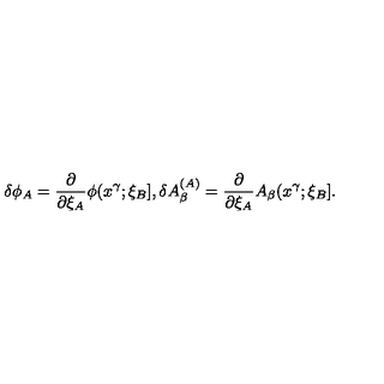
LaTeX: \delta \phi _ { A } = \frac { \partial } { \partial \xi _ { A } } \phi ( x ^ { \gamma } ; \xi _ { B } ] , \delta A _ { \beta } ^ { ( A ) } = \frac { \partial } { \partial \xi _ { A } } A _ { \beta } ( x ^ { \gamma } ; \xi _ { B } ] .